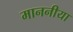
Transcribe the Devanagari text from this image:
माननीया